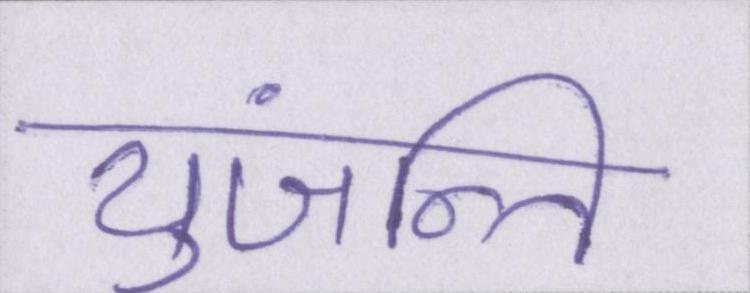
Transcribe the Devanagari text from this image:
युंजन्ति